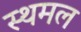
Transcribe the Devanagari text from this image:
स्थमल